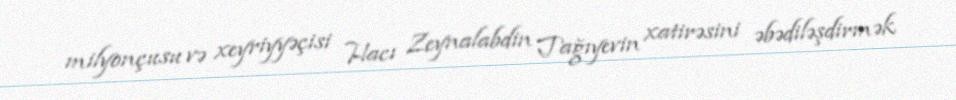
milyonçusu və xeyriyyəçisi Hacı Zeynalabdin Tağıyevin xatirəsini əbədiləşdirmək